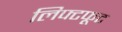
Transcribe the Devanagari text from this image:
लिफ्टफूट